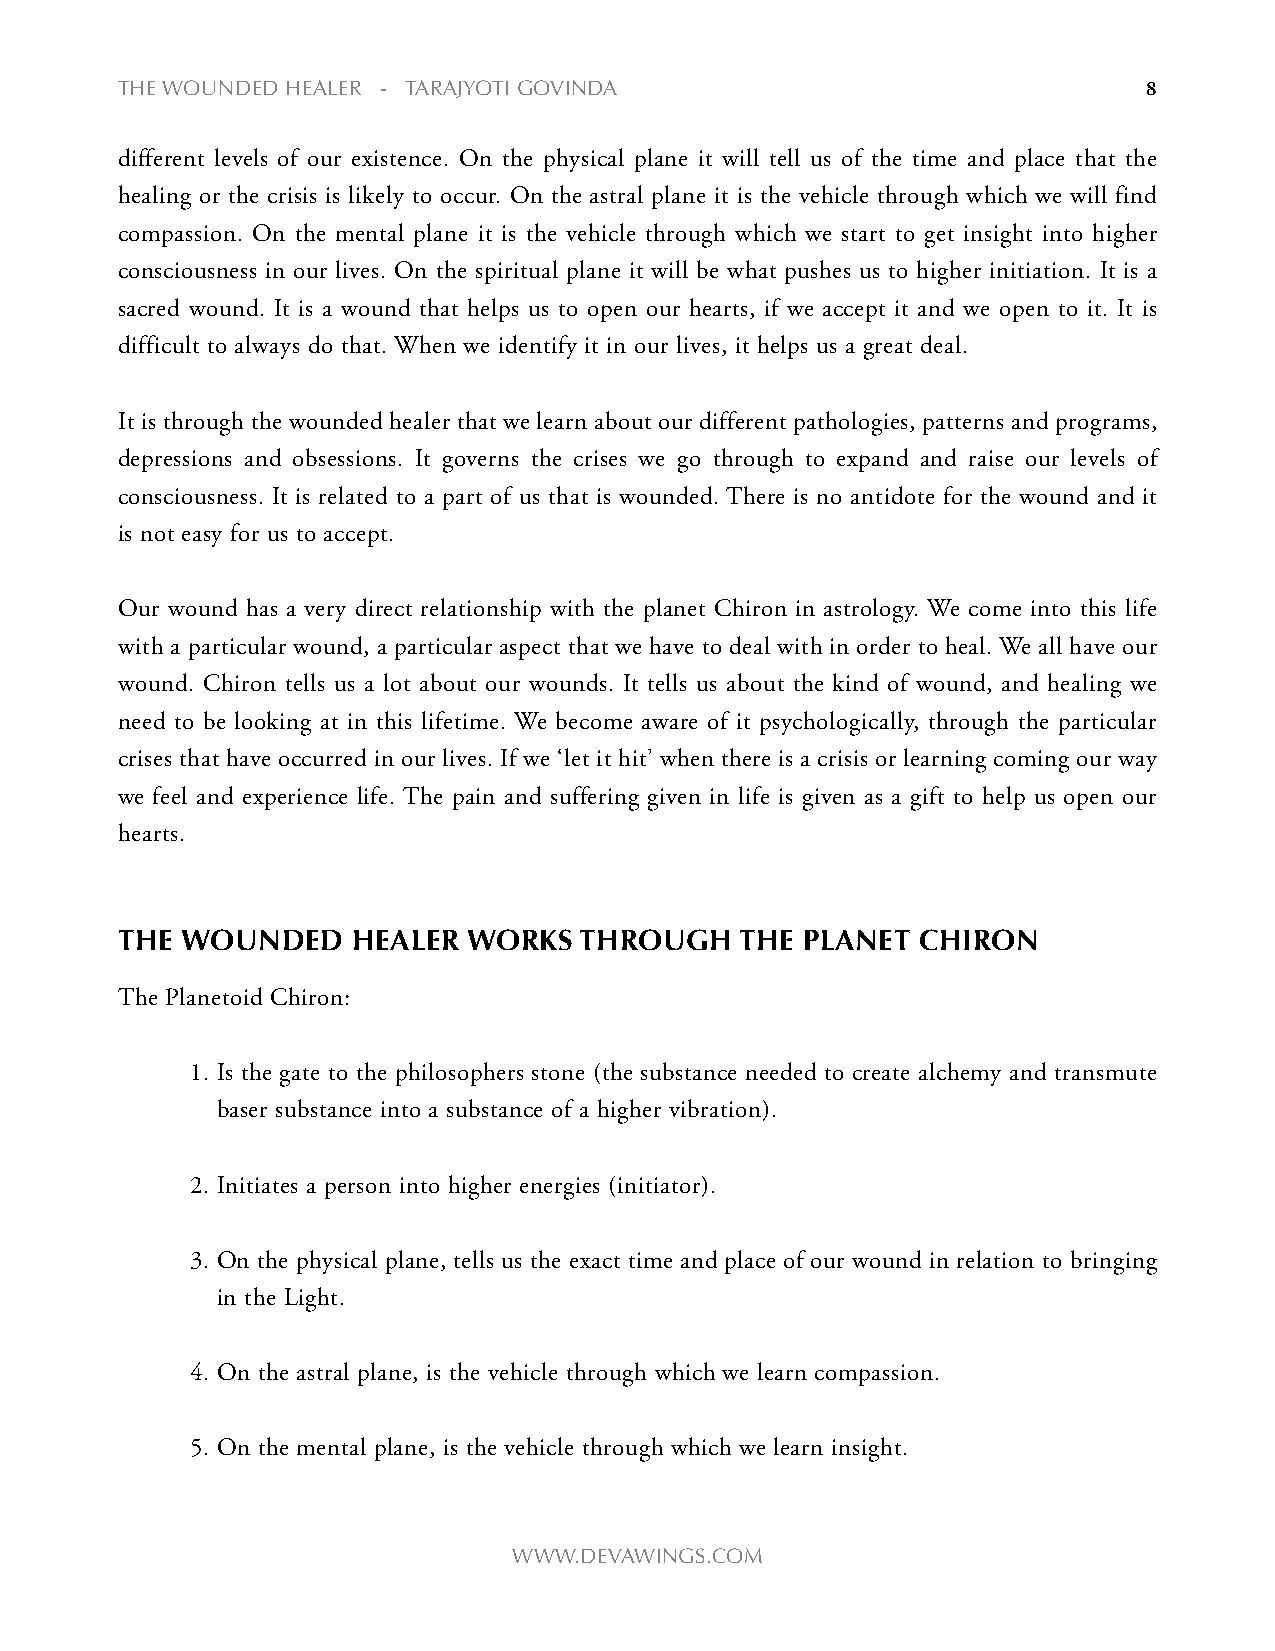
the WOUNDeD heALeR - tARAjyOti gOviNDA                              8
 different levels of our existence. On the physical plane it will tell us of the time and place that the
 healing or the crisis is likely to occur. On the astral plane it is the vehicle through which we will find
 compassion. On the mental plane it is the vehicle through which we start to get insight into higher
 consciousness in our lives. On the spiritual plane it will be what pushes us to higher initiation. It is a
 sacred wound. It is a wound that helps us to open our hearts, if we accept it and we open to it. It is
 difficult to always do that. When we identify it in our lives, it helps us a great deal.
 It is through the wounded healer that we learn about our different pathologies, patterns and programs,
 depressions and obsessions. It governs the crises we go through to expand and raise our levels of
 consciousness. It is related to a part of us that is wounded. There is no antidote for the wound and it
 is not easy for us to accept.
 Our wound has a very direct relationship with the planet Chiron in astrology. We come into this life
 with a particular wound, a particular aspect that we have to deal with in order to heal. We all have our
 wound. Chiron tells us a lot about our wounds. It tells us about the kind of wound, and healing we
 need to be looking at in this lifetime. We become aware of it psychologically, through the particular
 crises that have occurred in our lives. If we ‘let it hit’ when there is a crisis or learning coming our way
 we feel and experience life. The pain and suffering given in life is given as a gift to help us open our
 hearts.
 The Wounded    healer  Works  Through    The planeT  Chiron
 The Planetoid Chiron:
 1. Is the gate to the philosophers stone (the substance needed to create alchemy and transmute
 baser substance into a substance of a higher vibration).
 2. Initiates a person into higher energies (initiator).
 3. On the physical plane, tells us the exact time and place of our wound in relation to bringing
 in the Light.
 4. On the astral plane, is the vehicle through which we learn compassion.
 5. On the mental plane, is the vehicle through which we learn insight.
 WWW.DevAWiNgs.cOm